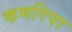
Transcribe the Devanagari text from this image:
कमरिपा